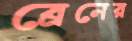
ব্রেনের